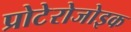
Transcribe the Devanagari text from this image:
प्रोटेरोजोइक